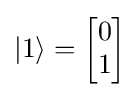
|1\rangle ={\begin{bmatrix}0\\1\end{bmatrix}}